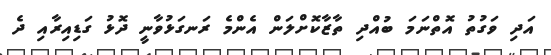
އަދި ވަގުތު އޮތްނަމަ ބުއްދި ތާޒާކޮށްލަން އެންމެ ރަނގަޅުވާނީ ދޮޅު ގަޑިއިރާއި ދެ